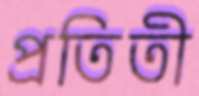
প্রতিতী